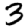
Digit: 3